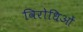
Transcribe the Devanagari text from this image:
विरोधिओं